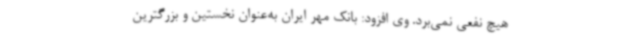
هیچ نفعی نمی‌برد. وی افزود: بانک مهر ایران به‌عنوان نخستین و بزرگترین